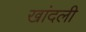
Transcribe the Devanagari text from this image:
खांदली